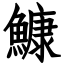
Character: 鱇